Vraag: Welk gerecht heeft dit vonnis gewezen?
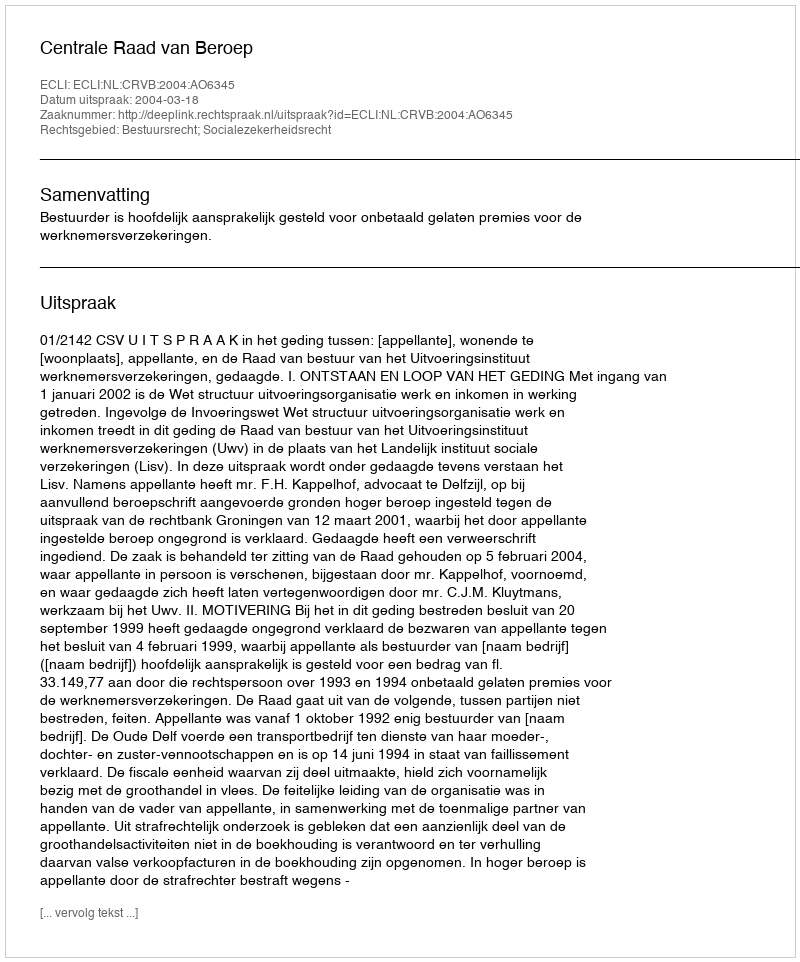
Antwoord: Centrale Raad van Beroep